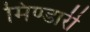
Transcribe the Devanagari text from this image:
मिण्डारी